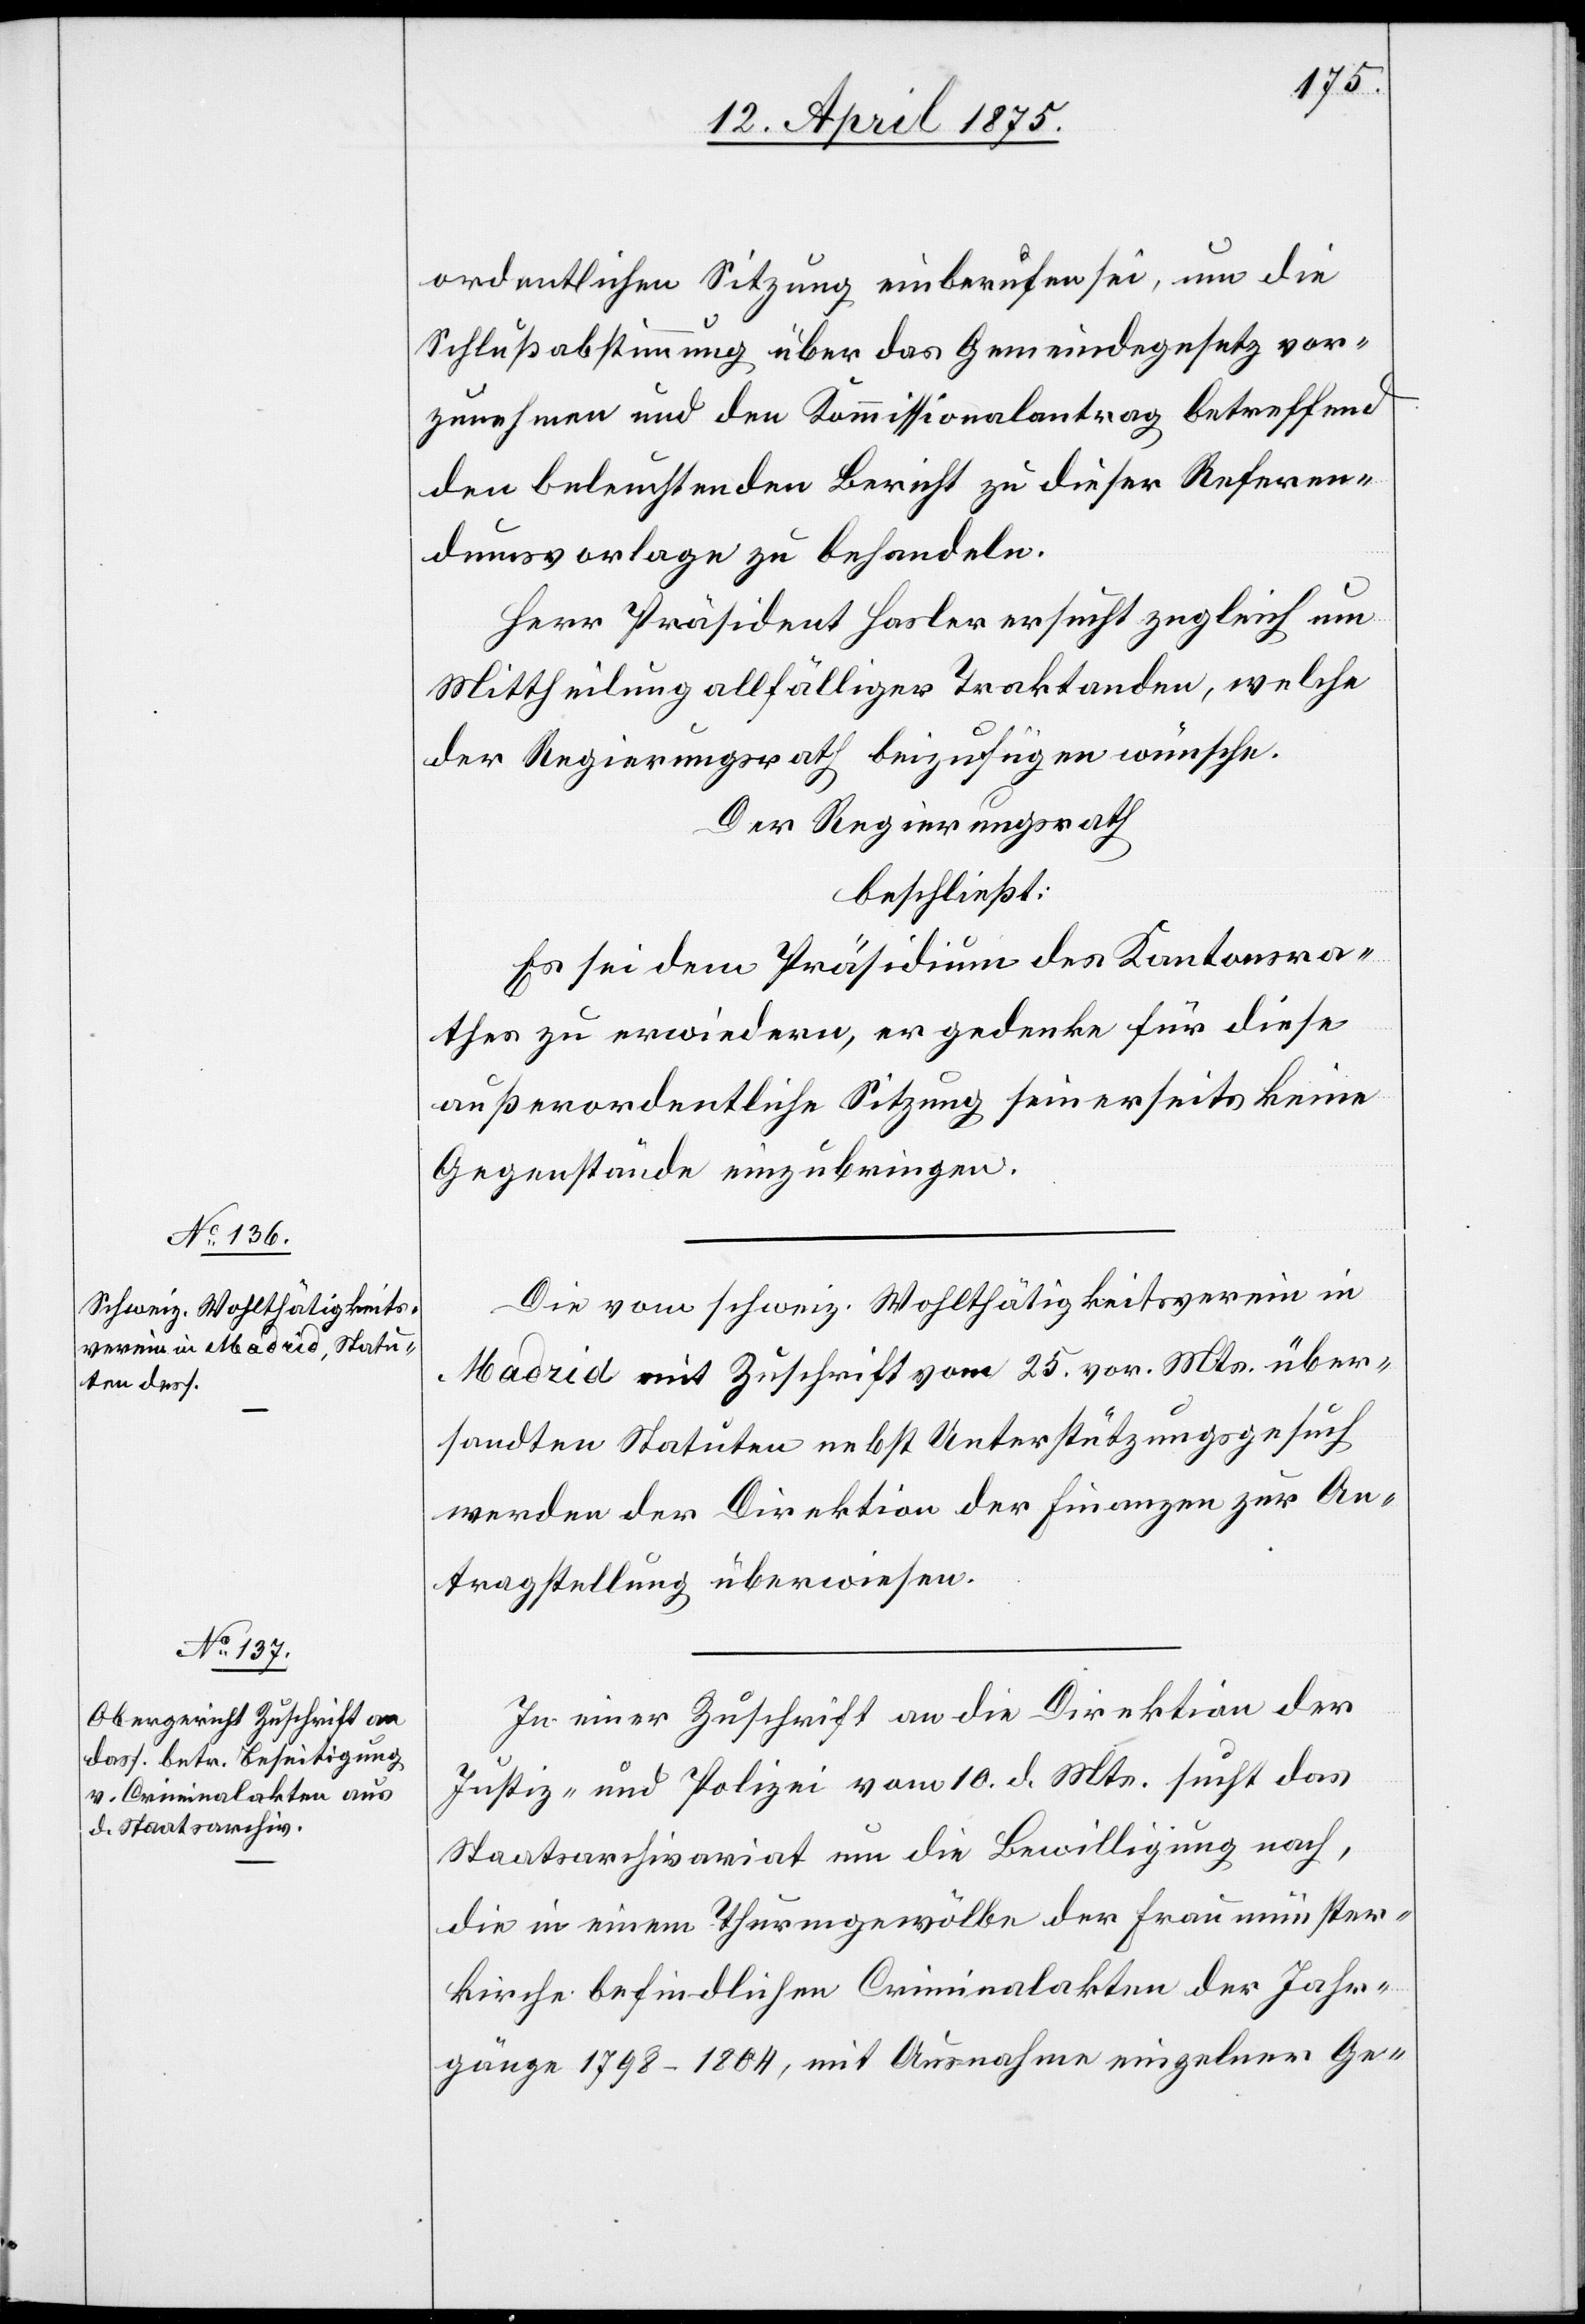
13. April 1875.]
ordentlichen Sitzung einberufen sei, um die
Schlußabstimmung über das Gemeindegesetz vor¬
zunehmen und den Kommissionalantrag betreffend
den beleuchtenden Bericht zu dieser Referen¬
dumsvorlage zu behandeln.
Herr Präsident Hasler ersucht zugleich um
Mittheilung allfälliger Traktanden, welche
der Regierungsrath beizufügen wünsche.
Der Regierungsrath
beschließt:
Es sei dem Präsidium des Kantonsra¬
thes zu erwiedern, er gedenke für diese
außerordentliche Sitzung seinerseits keine
Gegenstände einzubringen.
Die vom schweiz. Wohltätigkeitsverein in
Madrid mit Zuschrift vom 25. vor. Mts. über¬
sandten Statuten nebst Unterstützungsgesuch
werden der Direktion der Finanzen zur An¬
tragstellung überwiesen.
In einer Zuschrift an die Direktion der
justiz- und Polizei vom 10. d. Mts. sucht das
Staatsarchivariat um die Bewilligung nach,
die in einem Thurmgewölbe der Fraumünster¬
kirche befindlichen Criminalakten der Jahr¬
gänge 1798–1804, mit Ausnahme einzelner Ge-